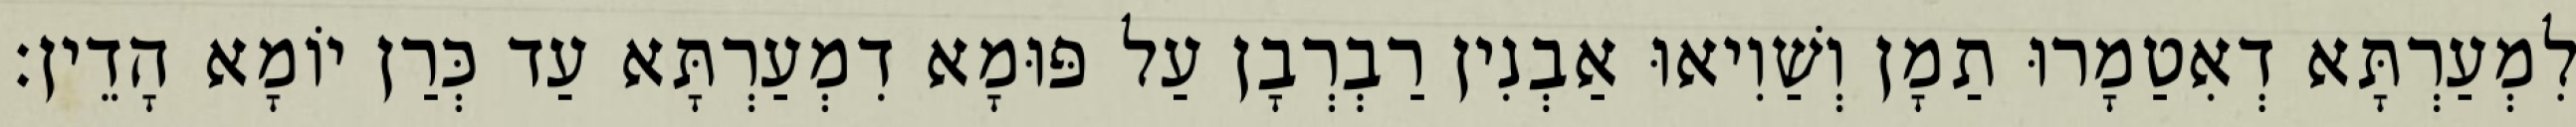
לִמְעַרְתָּא דְאִטַמָרוּ תַמָן וְשַׁוִיאוּ אַבְנִין רַבְרְבָן עַל פּוּמָא דִמְעַרְתָּא עַד כְּרַן יוֹמָא הָדֵין׃